Calcutta medical institutions reports 1871-78
Year: 1871
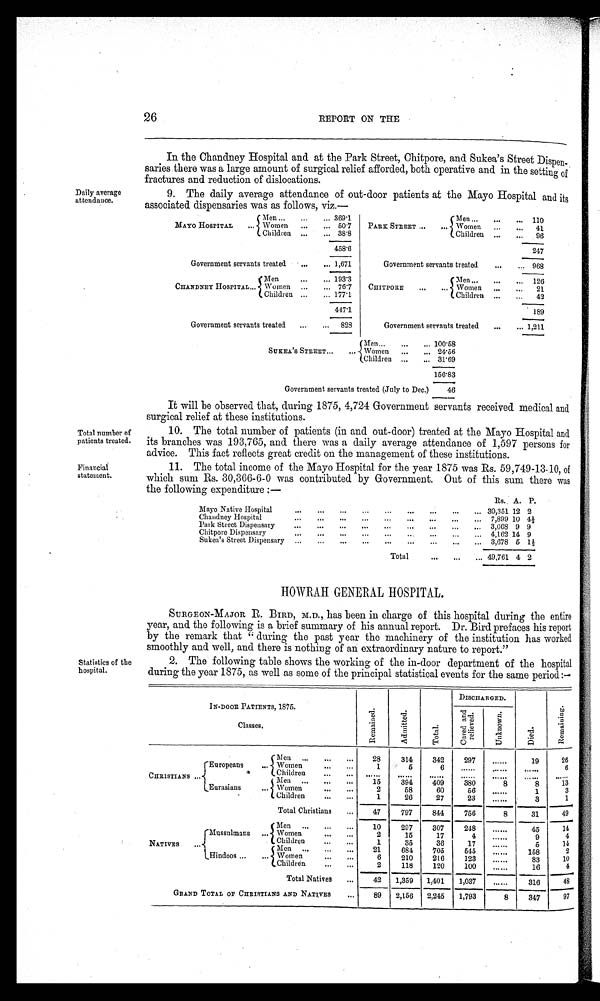
Total number of
patients treated.
Financial statement.
26
REPORT ON THE
Daily average
attendance.
In the Chandney Hospital and at the Park Street, Chitpore, and Sukea's Street Dispe
l - s a r i e s t h e r e w a s a l a r g e a m o u n t o f s u r g i c a l r e l i e f a f f o r d e d , b o t h o p e r a t i v e a n d i n t h e s e t t i n g o f
fractures and reduction of dislocations.
9. The daily average attendance of out-door patients at the Mayo Hospital and its
associated dispensaries was as follows, viz.—
69. 01
Men
110
Men
AYO HOSPITAL Women
50. 7 PARK STREET
Women
41
Children
38. 8
Children
96
458. 6
247
Government servants treated
1, 671
Government servants treated
968
Men
193. 3
Men
126
CHANDNEY HOSPITAL Women
76. 7 CHI TPORE
Women
21
Children
177. 1
Children
42
447. 1
189
Government servants treated
823
Government servants treated
1, 211
100. 58
SUKEA' S STREET
Men Women
24.56
Children
31.69
156.83
Government servants treated (July to Dec.) 46
It will be observed that, during 1875, 4,724 Government servants received medical and
surgical relief at these institutions.
10.The total number of patients (in and out-door) treated at the Mayo Hospital and
its branches was 193,765, and there was a daily average attendance of 1,597 persons for
advice. This fact reflects great credit on the management of these institutions.
11.The total income of the Mayo Hospital for the year 1875 was Rs. 59,749-13-10, of
which sum Rs. 30,366-6-0 was contributed by Government. Out of this sum there was
t h e f o l l o w i n g e x p e n d i t u r e : —
Rs. A. P.
Mayo Native Hospital
30,351 12 2
Chandney Hospital
7, 899 10 4½
Park Street Dispensary
3,668 9 9
re Di s
Chitpore pen sary
4,162 14 9
Sukea' s Street Dispensary
3,678 5 1½
Total
49,761 4 2
HOWRAH GENERAL HOSPITAL.
Statistics of the
hospi tal .
SURGEON-MAJOR R. BIRD, M.D., has been in charge of this hospital during the entire
year, and the following is a brief summary of his annual report. Dr. Bird prefaces his report
by the remark that "during the past year the machinery of the institution has worked
smoothly and well, and there is nothing of an extraordinary nature to report."
2. The following table shows the working of the in-door department of the hospital
d u r i n g t h e y e a r 1 8 7 5 , a s we l l a s s o me o f t h e p r i n c i p a l s t a t i s t i c a l e v e n t s f o r t h e s a me p e r i o d : —
IN-DOOR PATIENTS, 1875.
Classes.
R e ma i n e d .
A d mi t t e d . T o t a l .
DI SCHARGED.
Di ed.
R e m a i n i n g .
C u r v e d a n d r e l i v e d . u n k n o w n .
Men
28 314 342 297
19 26
Europeans
Women
1
5
6
6
Children
CHRI STI ANS
Men
5
3 9 4
4 0 9
3 8 0
8
8 13
Eurasians Women
2
5 8 60 56
1 3
Children
1 26 27 23
3 1
Total Christians
47 797 844 756 8 31 49
Men
10 297 307 248
45 14
Mussulmans Women
2 15 17 4
9 4
Children
NATIVES
1 35 36 17
5 14
M en
21 684 705 545
158 2
i Hindoos W omen
6 210 216 123
83 10
Children
2 118 120 100
16 4
Total Natives
42 1, 359 1, 401 1, 037
316 48
GRAND TOTAL OF CHRISTIANS AND NATIVES
89 2, 156 2, 245 1, 793
8 347 97